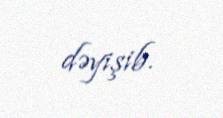
dəyişib.